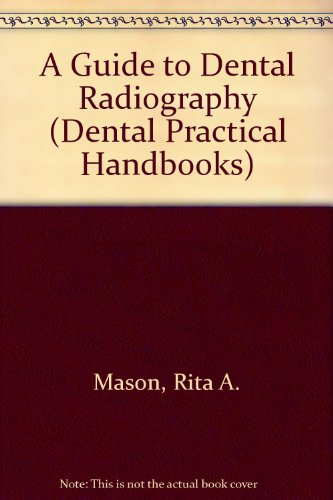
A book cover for A Guide to Dental Radiography (Dental Practitioner Handbook, No 27); Rita A. Mason; Medical Books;